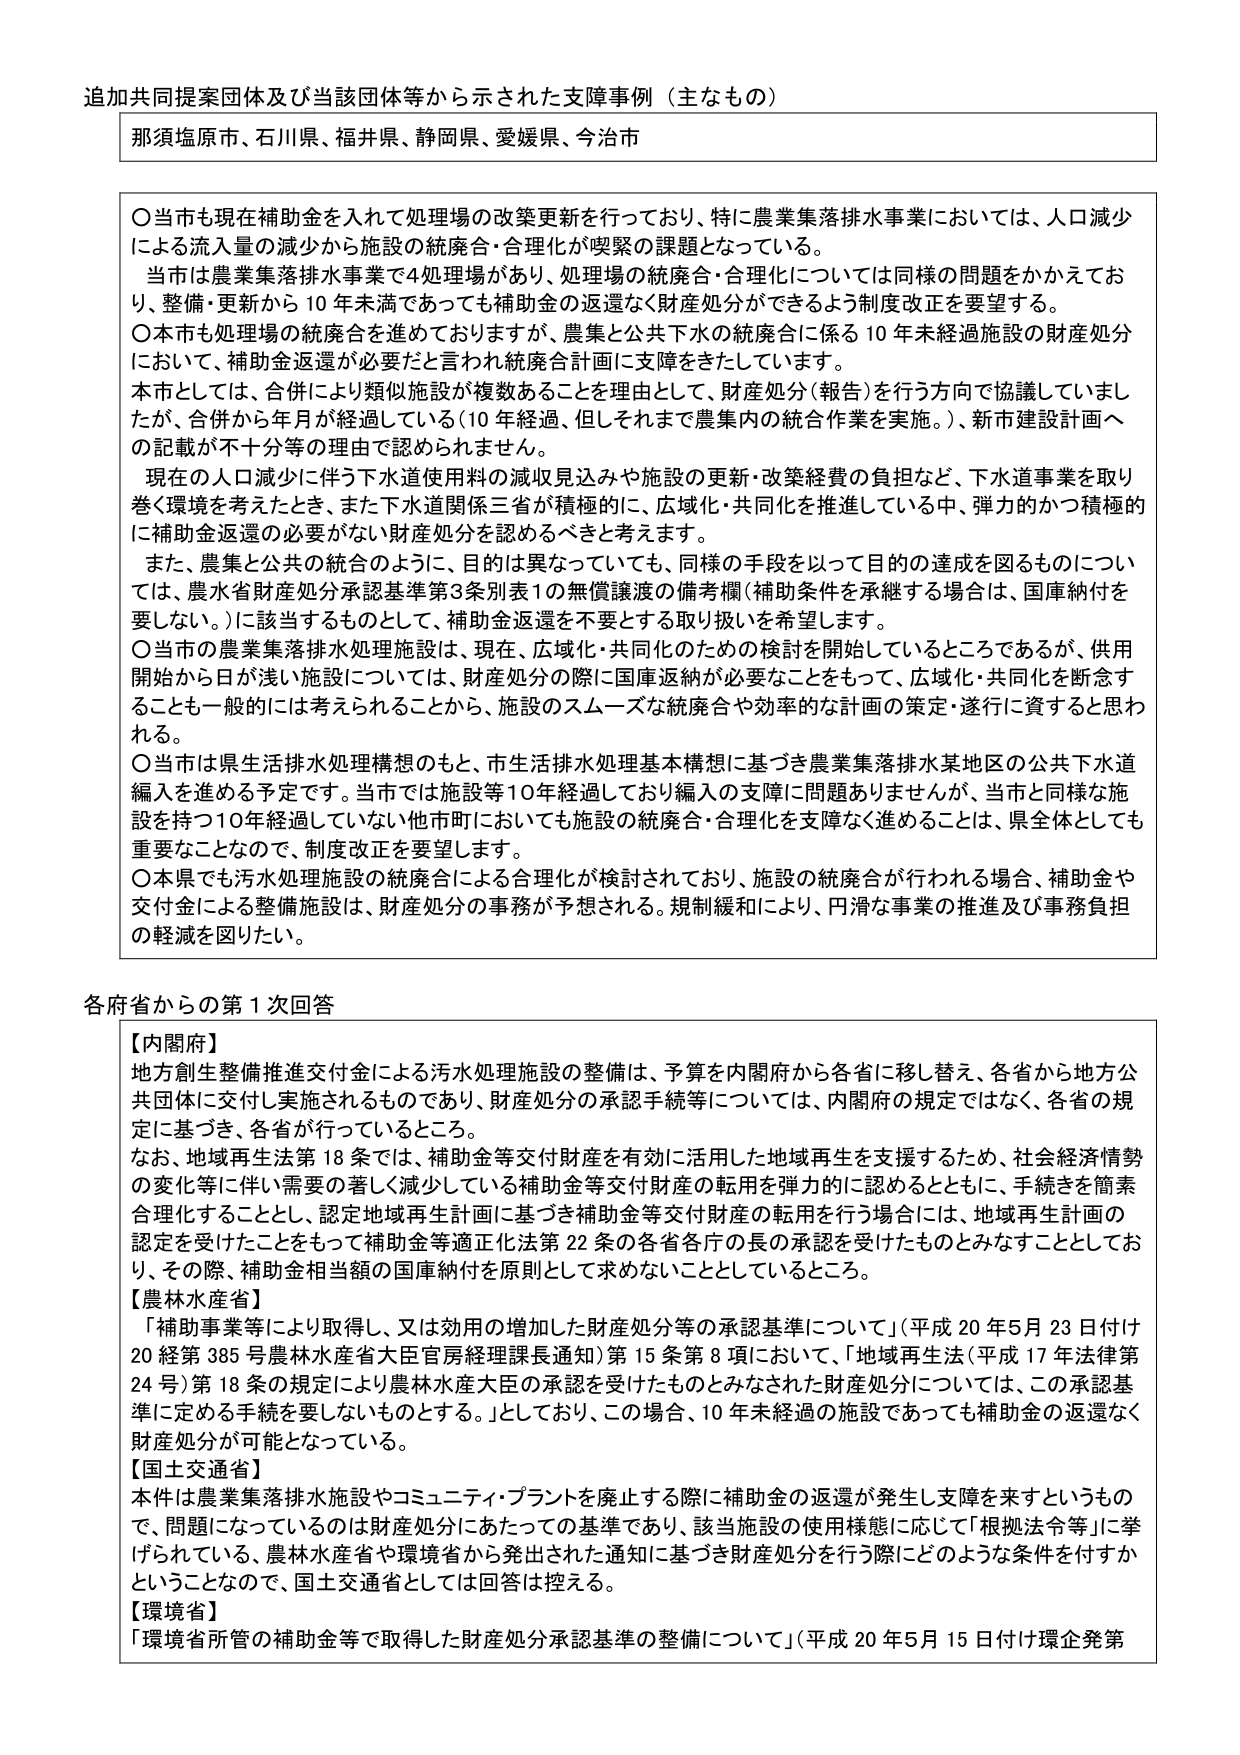
追加共同提案団体及び当該団体等から示された支障事例（主なもの）

那須塩原市、石川県、福井県、静岡県、愛媛県、今治市

〇当市も現在補助金を入れて処理場の改築更新を行っており、特に農業集落排水事業においては、人口減少による流入量の減少から施設の統廃合・合理化が喫緊の課題となっている。
当市は農業集落排水事業で4処理場があり、処理場の統廃合・合理化については同様の問題をかかえており、整備・更新から10年未満であっても補助金の返還なく財産処分ができるよう制度改正を要望する。
〇本市も処理場の統廃合を進めておりますが、農集と公共下水の統廃合に係る10年未経過施設の財産処分において、補助金返還が必要だと言われ統廃合計画に支障をきたしています。
本市としては、合併により類似施設が複数あることを理由として、財産処分（報告）を行う方向で協議していましが、合併から年月が経過している（10年経過、但しそれまで農集内の統合作業を実施。）、新市建設計画への記載が不十分等の理由で認められません。
現在の人口減少に伴う下水道使用料の減収見込みや施設の更新・改築経費の負担など、下水道事業を取り巻く環境を考えたとき、また下水道関係三省が積極的に、広域化・共同化を推進している中、弾力的かつ積極的に補助金返還の必要がない財産処分を認めるべきと考えます。
また、農集と公共の統合のように、目的は異なっていても、同様の手段を以って目的の達成を図るものについては、農水省財産処分承認基準第3条別表1の無償譲渡の備考欄（補助条件を承継する場合は、国庫納付を要しない。）に該当するものとして、補助金返還を不要とする取り扱いを希望します。
〇当市の農業集落排水処理施設は、現在、広域化・共同化のための検討を開始しているところであるが、供用開始から日が浅い施設については、財産処分の際に国庫返納が必要なことをもって、広域化・共同化を断念することも一般的には考えられることから、施設のスムーズな統廃合や効率的な計画の策定・遂行に資すると思われる。
〇当市は県生活排水処理構想のもと、市生活排水処理基本構想に基づき農業集落排水某地区の公共下水道編入を進める予定です。当市では施設等10年経過しており編入の支障に問題ありませんが、当市と同様な施設を持つ10年経過していない他市町においても施設の統廃合・合理化を支障なく進めることは、県全体としても重要なことなので、制度改正を要望します。
〇本県でも汚水処理施設の統廃合による合理化が検討されており、施設の統廃合が行われる場合、補助金や交付金による整備施設は、財産処分の事務が予想される。規制緩和により、円滑な事業の推進及び事務負担の軽減を図りたい。

各府省からの第1次回答

【内閣府】
地方創生整備推進交付金による汚水処理施設の整備は、予算を内閣府から各省に移し替え、各省から地方公共団体に交付し実施されるものであり、財産処分の承認手続等については、内閣府の規定ではなく、各省の規定に基づき、各省が行っているところ。
なお、地域再生法第18条では、補助金等交付財産を有効に活用した地域再生を支援するため、社会経済情勢の変化等に伴い需要の著しく減少している補助金等交付財産の転用を弾力的に認めるとともに、手続きを簡素合理化することとし、認定地域再生計画に基づき補助金等交付財産の転用を行う場合には、地域再生計画の認定を受けたことをもって補助金等適正化法第22条の各省各庁の長の承認を受けたものとみなすこととしており、その際、補助金相当額の国庫納付を原則として求めないこととしているところ。

【農林水産省】
「補助事業等により取得し、又は効用の増加した財産処分等の承認基準について」（平成20年5月23日付け20経第385号農林水産省大臣官房経理課長通知）第15条第8項において、「地域再生法（平成17年法律第24号）第18条の規定により農林水産大臣の承認を受けたものとみなされた財産処分については、この承認基準に定める手続を要しないものとする。」としており、この場合、10年未経過の施設であっても補助金の返還なく財産処分が可能となっている。

【国土交通省】
本件は農業集落排水施設やコミュニティ・プラントを廃止する際に補助金の返還が発生し支障を来すというもので、問題になっているのは財産処分にあたっての基準であり、該当施設の使用様態に応じて「根拠法令等」に挙げられている、農林水産省や環境省から発出された通知に基づき財産処分を行う際にどのような条件を付すかということなので、国土交通省としては回答は控える。

【環境省】
「環境省所管の補助金等で取得した財産処分承認基準の整備について」（平成20年5月15日付け環企発第